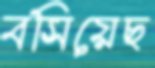
বসিয়েছ